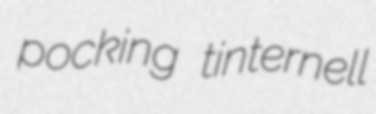
pocking tinternell